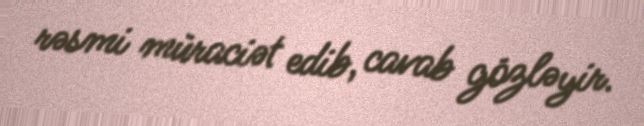
rəsmi müraciət edib, cavab gözləyir.